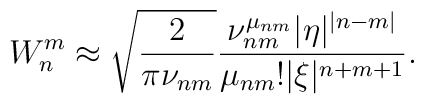
W_n^m\approx\sqrt {\frac 2{\pi\nu_{nm}}}\frac {\nu_{nm}^{\mu_{nm}}|\eta |^{|n-m|}}{\mu_{nm}!|\xi |^{n+m+1}}.